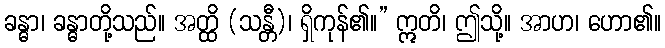
ခန္ဓာ၊ ခန္ဓာတို့သည်။ အတ္ထိ (သန္တီ)၊ ရှိကုန်၏။” ဣတိ၊ ဤသို့။ အာဟ၊ ဟော၏။